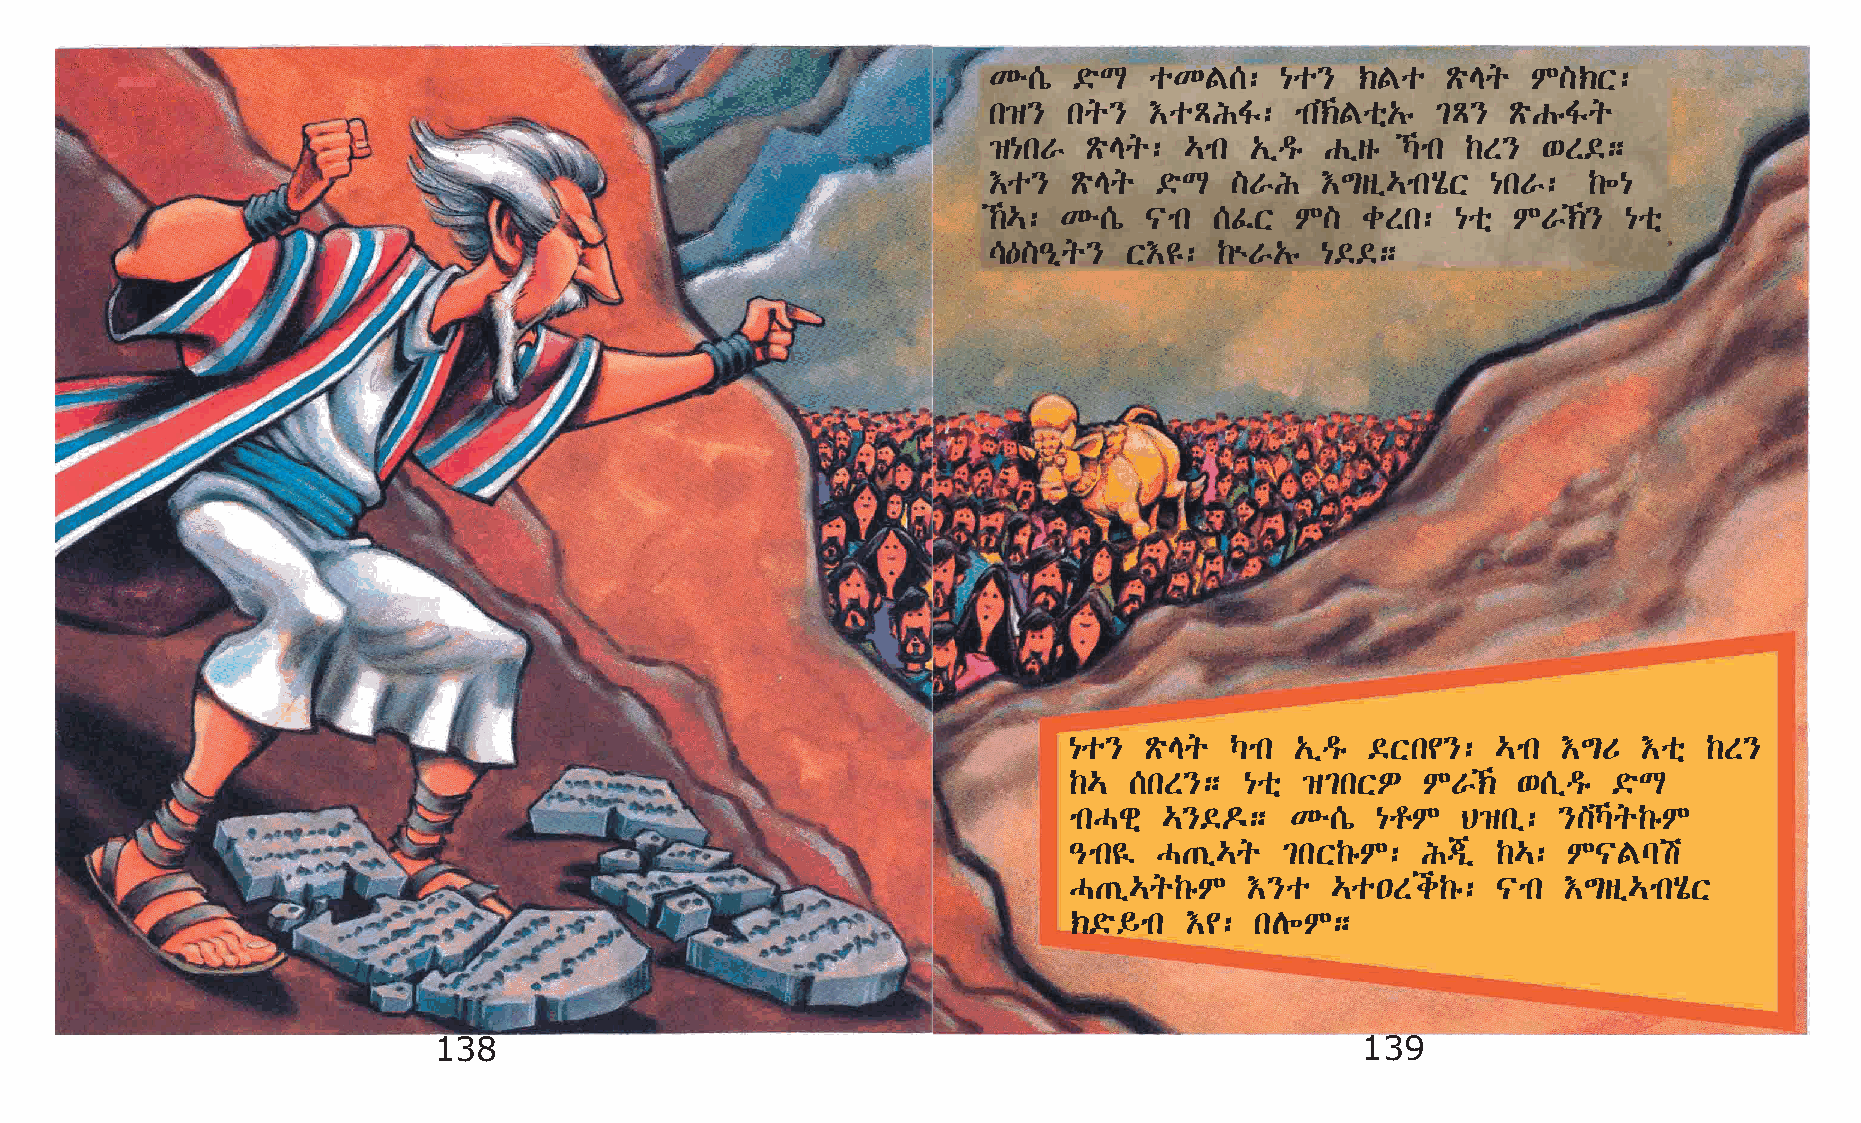
Ké[ò  ©öL  oKF[:    {o}  ‹Fo   ÃöEq M]‹X:
 k›}   kq}  †oÄIÍ:    mk‹Foñ„ê ²Ä} ÃöGêÍq
 ›{kV   ÃöEq: …mk  „ïªê Gïsê Šmk ‰S} ‘S©;
 †o}   ÃöEq  ©öL  ]VI  †´sï…mkAôX  {kV:  ‰÷{
 ‰…: Ké[ò  |mk [ÊX   M]  cSk:  {oñ MV‹}   {oñ
 \—]–ðq}   X†£:  ‰ùV„ê {©©;
 {o}  ÃöEq Šmk  „ïªê ©Xk¢}:  …mk †´U   †oñ ‰S}
 ‰…  [kS};  {oñ ›²kXÈ   MV‹  ‘[ïªê  ©öL
 mkHgñ …}©¬;   Ké[ò  {rM   B›kï: }]Šq‰êM
 –mk¤  H·ï…q   ²kX‰êM:  I®ð  ‰…:  M|Fla
 H·ï…q‰êM    †}o  …o•Si‰ê:   |mk  †´sï…mkAôX
 ‹©ö§mk †¢:  kD÷M;
 138                                                          139